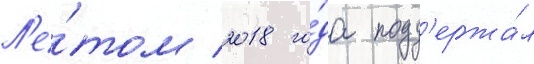
Л'е́том 2018 го́да подд'ержа́л